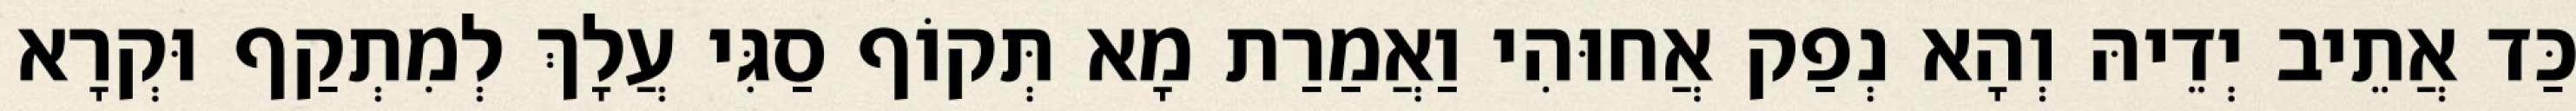
כַּד אֲתֵיב יְדֵיהּ וְהָא נְפַק אֲחוּהִי וַאֲמַרַת מָא תְּקוֹף סַגִּי עֲלָךְ לְמִתְקַף וּקְרָא